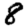
Digit: 8